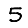
Digit: 5